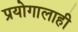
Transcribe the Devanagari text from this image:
प्रयोगालाही